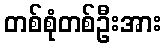
တစ်စုံတစ်ဦးအား